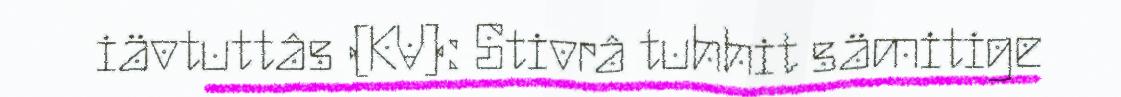
iävtuttâs (KV): Stivrâ tuhhit sämitige